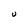
Character: U